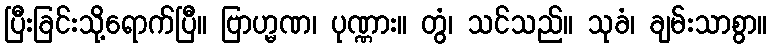
ပြီးခြင်းသို့ရောက်ပြီ။ ဗြာဟ္မဏ၊ ပုဏ္ဏား။ တွံ၊ သင်သည်။ သုခံ၊ ချမ်းသာစွာ။